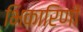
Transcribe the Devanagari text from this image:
भिकारिणी